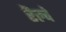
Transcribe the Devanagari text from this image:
रॆल्वे